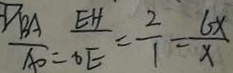
\frac { B A } { A O } = \frac { E H } { O E } = \frac { 2 } { 1 } = \frac { 6 x } { x }